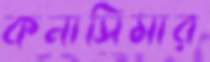
কনাসিমার